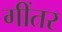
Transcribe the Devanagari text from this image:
गींतर